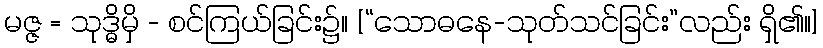
မဇ္ဇ = သုဒ္ဓိမှိ - စင်ကြယ်ခြင်း၌။ [“သောဓနေ-သုတ်သင်ခြင်း”လည်း ရှိ၏။]